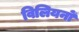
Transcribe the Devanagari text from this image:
विलियनों